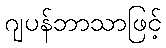
ဂျပန်ဘာသာဖြင့်